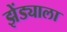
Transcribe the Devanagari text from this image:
झेंड्याला